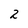
Character: 2